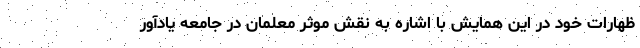
ظهارات خود در این همایش با اشاره به نقش موثر معلمان در جامعه یادآور